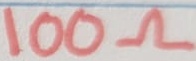
Text: 100Ω